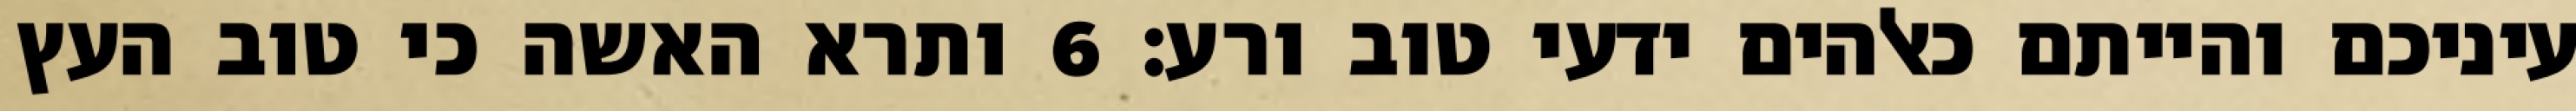
עיניכם והייתם כאלהים ידעי טוב ורע׃ ‎6‏ ותרא האשה כי טוב העץ